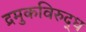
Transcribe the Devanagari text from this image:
द्रमुकविरुद्ध